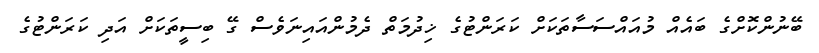
ބޭނުންކޮށްގެ ބައެއް މުއައްސަސާތަކަށް ކަރަންޓުގެ ޚިދުމަތް ދެމުންއައިނަވެސް ގޭ ބިސީތަކަށް އަދި ކަރަންޓުގެ